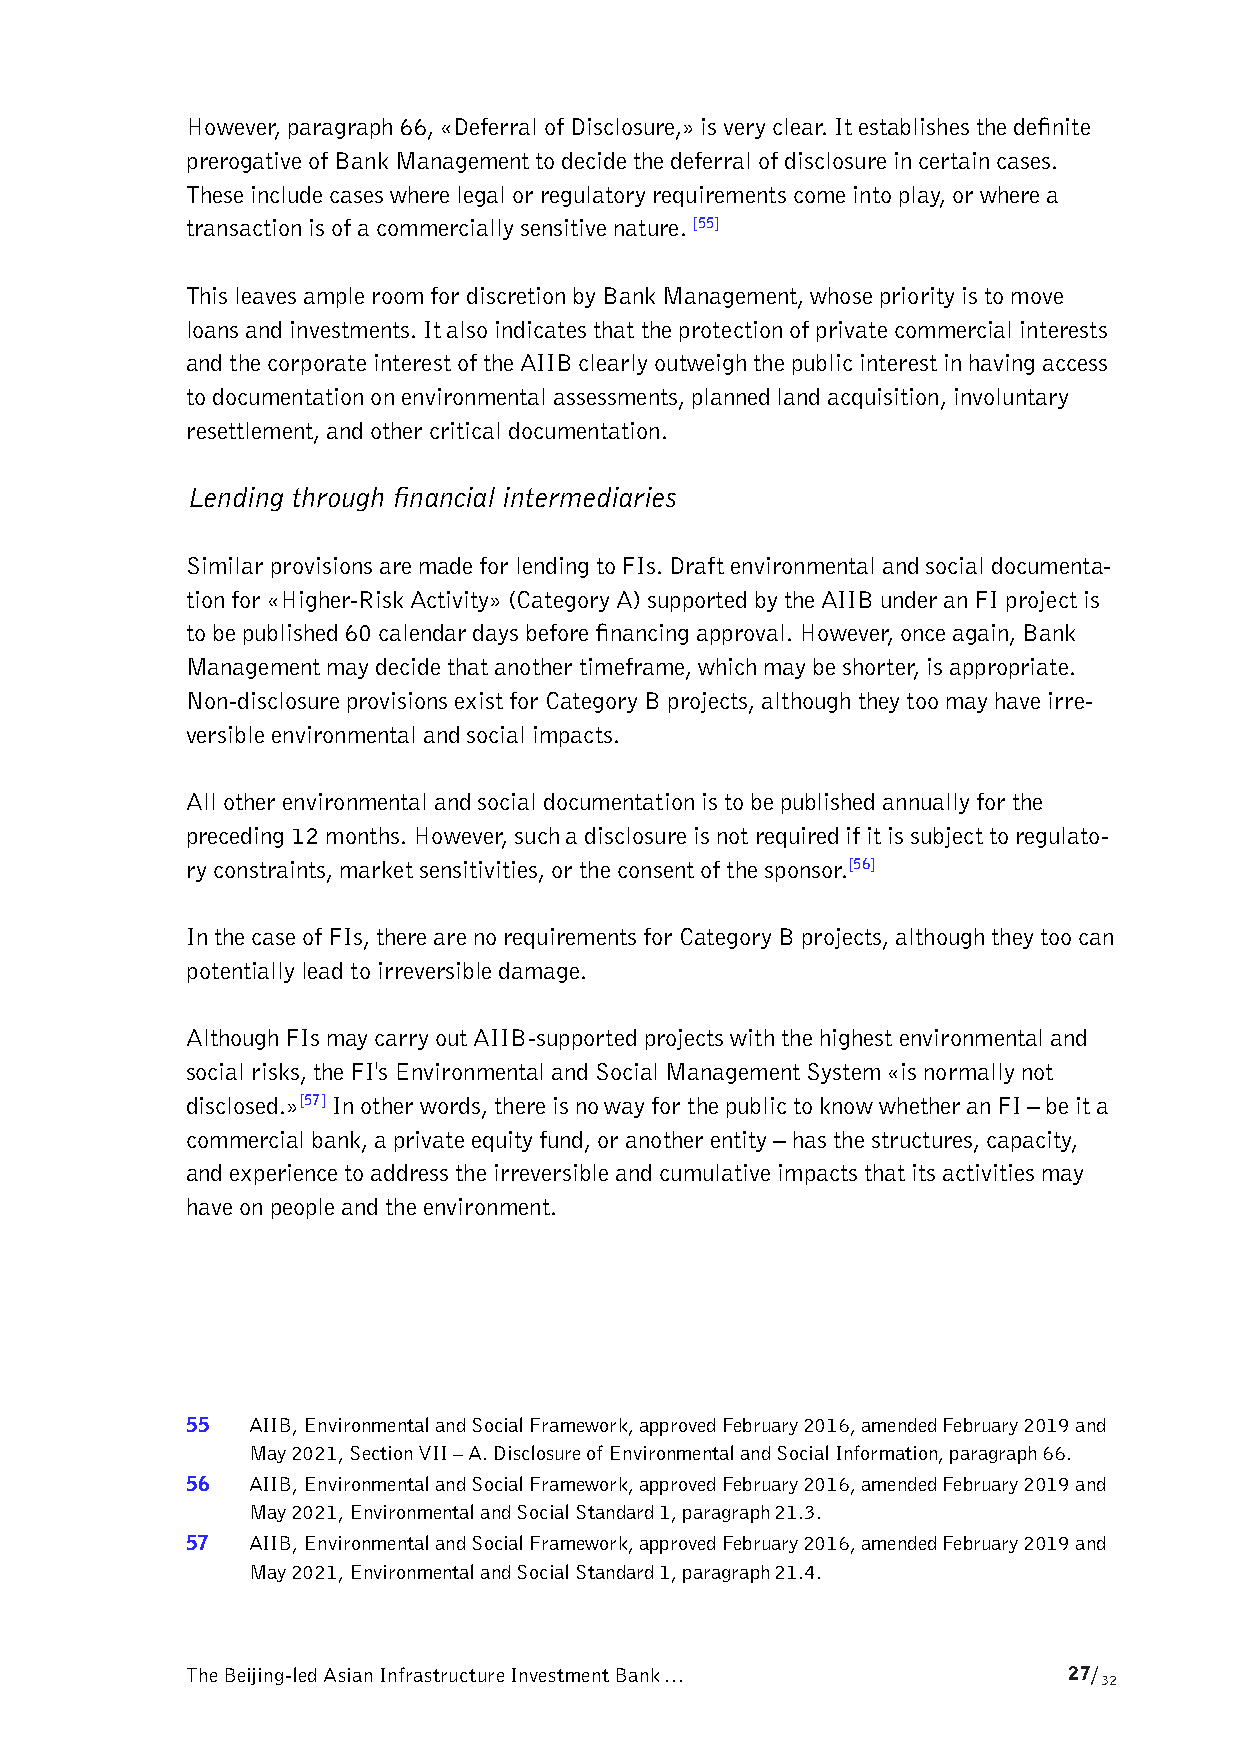
However, paragraph 66, «Deferral of Disclosure,» is very clear. It establishes the definite
 prerogative of Bank Management to decide the deferral of disclosure in certain cases.
 These include cases where legal or regulatory requirements come into play, or where a
 transaction is of a commercially sensitive nature. [55]
 This leaves ample room for discretion by Bank Management, whose priority is to move
 loans and investments. It also indicates that the protection of private commercial interests
 and the corporate interest of the AIIB clearly outweigh the public interest in having access
 to documentation on environmental assessments, planned land acquisition, involuntary
 resettlement, and other critical documentation.
 Lending through financial intermediaries
 Similar provisions are made for lending to FIs. Draft environmental and social documenta-
 tion for «Higher-Risk Activity» (Category A) supported by the AIIB under an FI project is
 to be published 60 calendar days before financing approval. However, once again, Bank
 Management may decide that another timeframe, which may be shorter, is appropriate.
 Non-disclosure provisions exist for Category B projects, although they too may have irre-
 versible environmental and social impacts.
 All other environmental and social documentation is to be published annually for the
 preceding 12 months. However, such a disclosure is not required if it is subject to regulato-
 ry constraints, market sensitivities, or the consent of the sponsor.[56]
 In the case of FIs, there are no requirements for Category B projects, although they too can
 potentially lead to irreversible damage.
 Although FIs may carry out AIIB-supported projects with the highest environmental and
 social risks, the FI's Environmental and Social Management System «is normally not
 disclosed.»[57] In other words, there is no way for the public to know whether an FI – be it a
 commercial bank, a private equity fund, or another entity – has the structures, capacity,
 and experience to address the irreversible and cumulative impacts that its activities may
 have on people and the environment.
 55  AIIB, Environmental and Social Framework, approved February 2016, amended February 2019 and
 May 2021, Section VII – A. Disclosure of Environmental and Social Information, paragraph 66.
 56  AIIB, Environmental and Social Framework, approved February 2016, amended February 2019 and
 May 2021, Environmental and Social Standard 1, paragraph 21.3.
 57  AIIB, Environmental and Social Framework, approved February 2016, amended February 2019 and
 May 2021, Environmental and Social Standard 1, paragraph 21.4.
 The Beijing-led Asian Infrastructure Investment Bank …     27/
 32